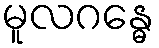
မူလဂန္ဓေ